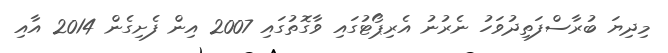
މިދިޔަ ބުރާސްފަތިދުވަހު ނެރުނު އެރިޕޯޓުގައި ވާގޮތުގައި 2007 އިން ފެށިގެން 2014 އާއި